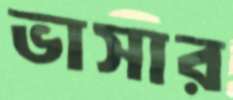
ভাসার